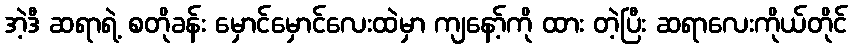
အဲ့ဒီ ဆရာရဲ့ စတိုခန်း မှောင်မှောင်လေးထဲမှာ ကျနော့်ကို ထား တဲ့ပြီး ဆရာလေးကိုယ်တိုင်